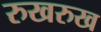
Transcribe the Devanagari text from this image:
रुखरुख